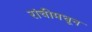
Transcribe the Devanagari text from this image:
रांचीमधून